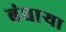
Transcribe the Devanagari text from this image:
बंधाऱ्या